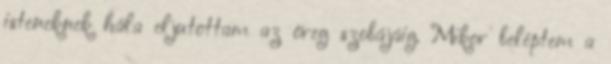
isteneknek hála eljutottam az öreg szobájáig. Mikor beléptem a